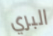
البري